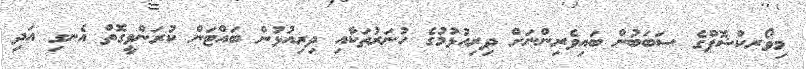
މިވޯރކްޝޮޕްގެ ސަބަބުން ބައިވެރިންނަށް ދިރިއުޅުމުގެ ހުނަރުތަކާއި ދިރިއުޅުން ބައްޓަން ކުރަންވީގޮތް އެނގި އަދި